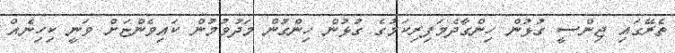
ތެރޭގައި ޖިންސީ ގުޅުން ހިންގާދެމަފިރިކަމުގެ ގުޅުން ހިންގުން މަދުވުމުން ކައިވެންޏަށް ވަނީ ކިހިނެއް